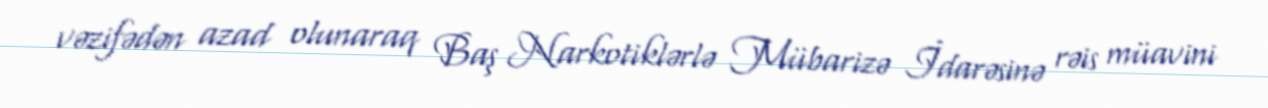
vəzifədən azad olunaraq Baş Narkotiklərlə Mübarizə İdarəsinə rəis müavini